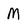
Character: M